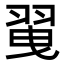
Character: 𦐪